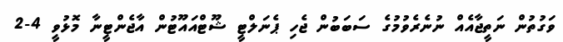
ވަގުތުން ނަތީޖާއެއް ނުނެރެވުމުގެ ސަބަބުން ޖެހި ޕެނަލްޓީ ޝޫޓްއައޫޓުން އާޖެންޓީނާ މޮޅުވީ 4-2